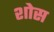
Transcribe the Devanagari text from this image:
शोस